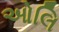
ઓલિ